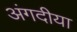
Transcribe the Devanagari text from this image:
अंगदीया